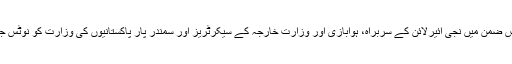
چیف جسٹس نے اس ضمن میں نجی ائیرلائن کے سربراہ، ہوابازی اور وزارت خارجہ کے سیکرٹریز اور سمندر پار پاکستانیوں کی وزارت کو نوٹس جاری کر دئیے ہیں۔